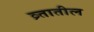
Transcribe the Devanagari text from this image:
व्र्तातील